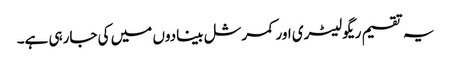
یہ تقسیم ریگولیٹری اور کمرشل بینادوں میں کی جارہی ہے۔